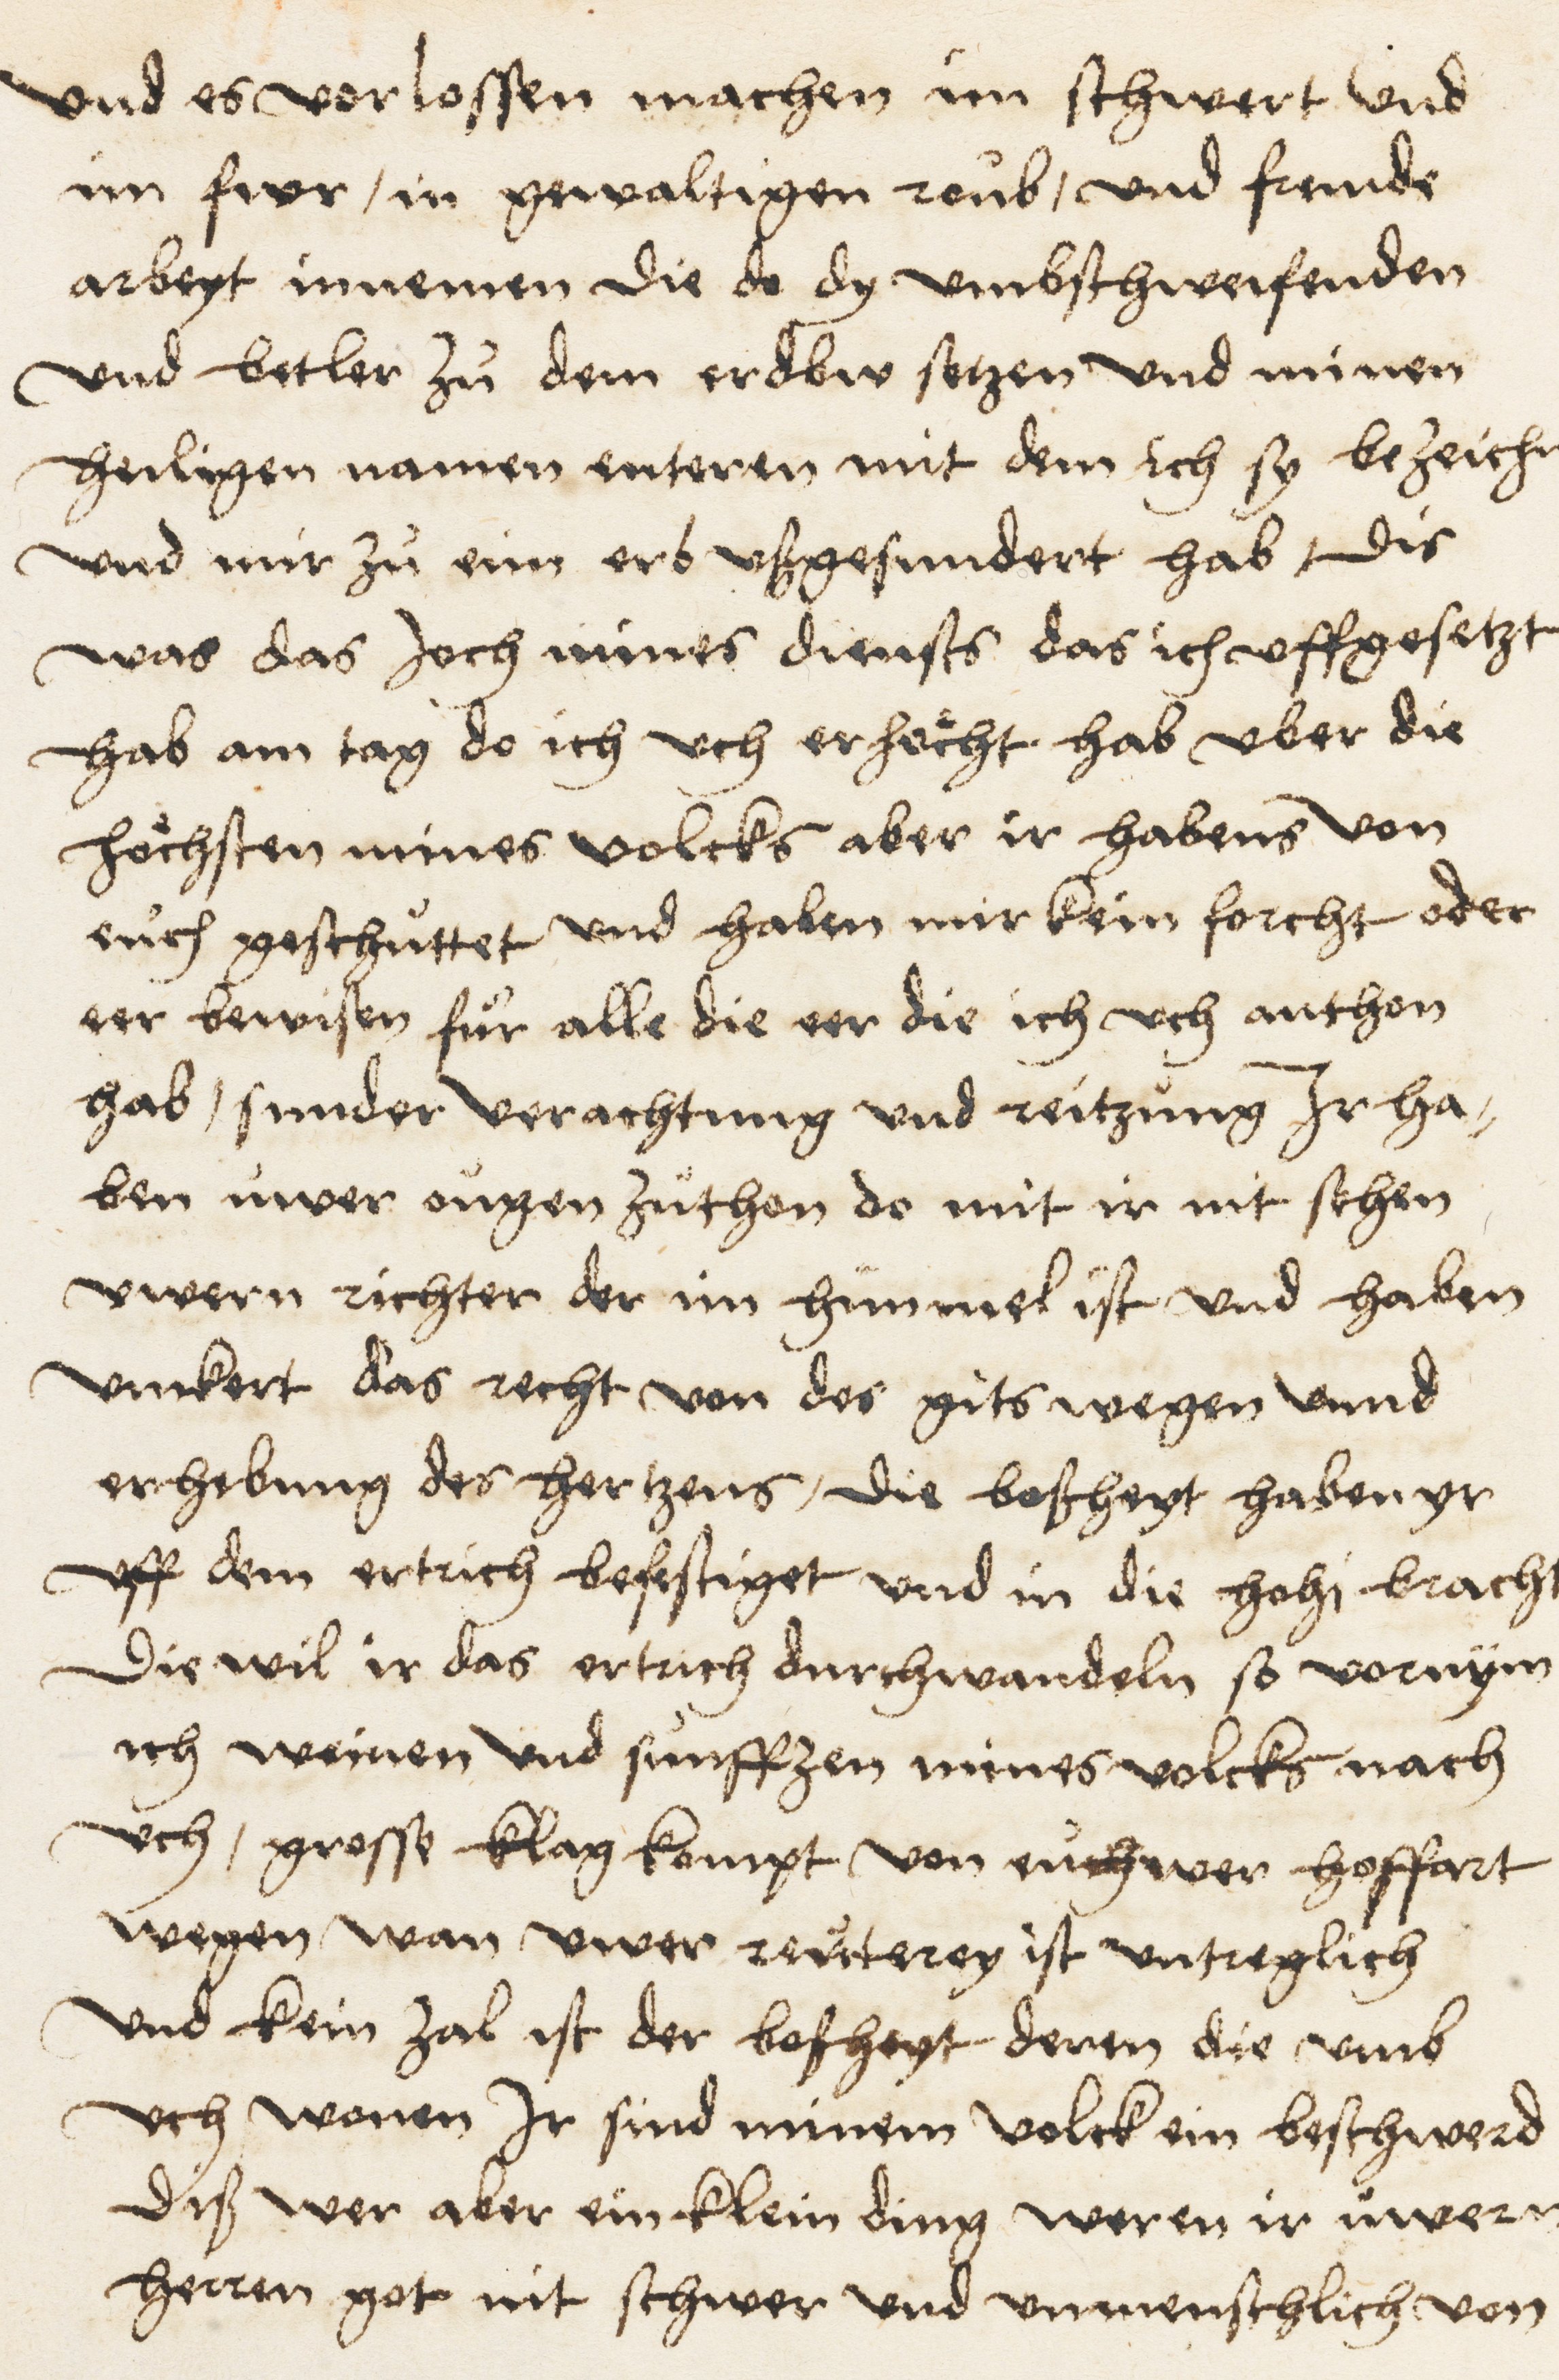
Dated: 1516–1517